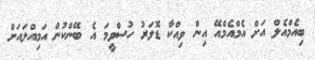
ބިއެމްއެލް އަށް އެމްއެމްއޭ އިން ވިއްކާ ޑޮލަރު ހުސްވީމަ އެ ބޭންކުން އަމިއްލައަށް